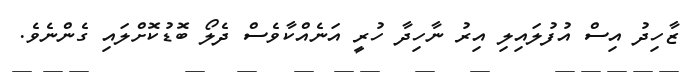
ޒާހިދު އިސް އުފުލައިލި އިރު ނާހިދާ ހުރީ އަނެއްކާވެސް ދެލޯ ބޮޑުކޮށްލައި ގެންނެވެ.